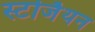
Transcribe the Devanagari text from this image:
स्टर्जियन